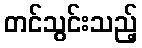
တင်သွင်းသည့်